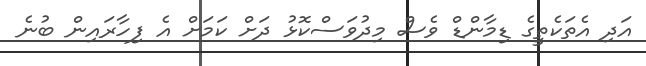
އަދި އެތަކެތީގެ ޑިމާންޑް ވެސް މިދުވަސްކޮޅު ދަށް ކަމަށް އެ ފިހާރައިން ބުނެ